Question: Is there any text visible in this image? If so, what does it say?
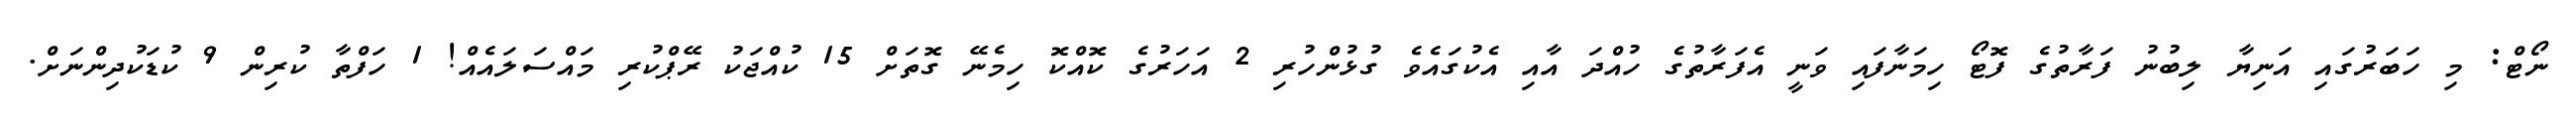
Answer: ނޯޓް: މި ހަބަރުގައި އަނިޔާ ލިބުނު ފަރާތުގެ ފޮޓޯ ހިމަނާފައި ވަނީ އެފަރާތުގެ ހުއްދަ އާއި އެކުގައެވެ ގުޅުންހުރި 2 އަހަރުގެ ކޮއްކޮ ހިމެނޭ ގޮތަށް 15 ކުއްޖަކު ރޭޕްކުރި މައްސަލައެއް! 1 ހަފްތާ ކުރިން 9 ކުޑަކުދިންނަށް.